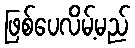
ဖြစ်ပေလိမ့်မည်